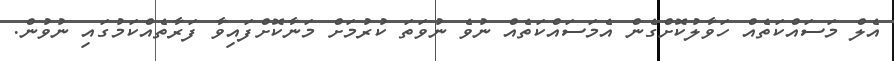
އެލް މަސައްކަތެއް ހަވާލުކޮށްގެން އެމަސައްކަތެއް ނުވެ ނުވަތަ ކުރުމަށް މަނާކޮށްފައިވާ ފަރާތެއްކަމުގައި ނުވުން.